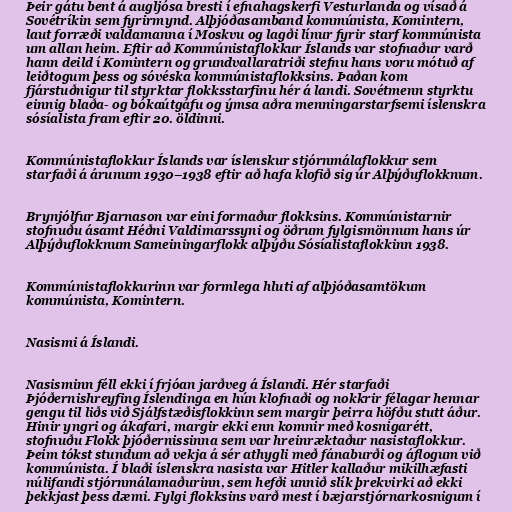
Þeir gátu bent á augljósa bresti í efnahagskerfi Vesturlanda og vísað á
Sovétríkin sem fyrirmynd. Alþjóðasamband kommúnista, Komintern,
laut forræði valdamanna í Moskvu og lagði línur fyrir starf kommúnista
um allan heim. Eftir að Kommúnistaflokkur Íslands var stofnaður varð
hann deild í Komintern og grundvallaratriði stefnu hans voru mótuð af
leiðtogum þess og sóvéska kommúnistaflokksins. Þaðan kom
fjárstuðnigur til styrktar flokksstarfinu hér á landi. Sovétmenn styrktu
einnig blaða- og bókaútgáfu og ýmsa aðra menningarstarfsemi íslenskra
sósíalista fram eftir 20. öldinni.

Kommúnistaflokkur Íslands var íslenskur stjórnmálaflokkur sem
starfaði á árunum 1930–1938 eftir að hafa klofið sig úr Alþýðuflokknum.

Brynjólfur Bjarnason var eini formaður flokksins. Kommúnistarnir
stofnuðu ásamt Héðni Valdimarssyni og öðrum fylgismönnum hans úr
Alþýðuflokknum Sameiningarflokk alþýðu Sósíalistaflokkinn 1938.

Kommúnistaflokkurinn var formlega hluti af alþjóðasamtökum
kommúnista, Komintern.

Nasismi á Íslandi.

Nasisminn féll ekki í frjóan jarðveg á Íslandi. Hér starfaði
Þjóðernishreyfing Íslendinga en hún klofnaði og nokkrir félagar hennar
gengu til liðs við Sjálfstæðisflokkinn sem margir þeirra höfðu stutt áður.
Hinir yngri og ákafari, margir ekki enn komnir með kosnigarétt,
stofnuðu Flokk þjóðernissinna sem var hreinræktaður nasistaflokkur.
Þeim tókst stundum að vekja á sér athygli með fánaburði og áflogum við
kommúnista. Í blaði íslenskra nasista var Hitler kallaður mikilhæfasti
núlifandi stjórnmálamaðurinn, sem hefði unnið slík þrekvirki að ekki
þekkjast þess dæmi. Fylgi flokksins varð mest í bæjarstjórnarkosnigum í